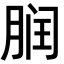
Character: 𬂀